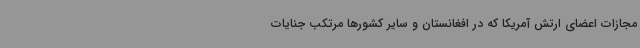
مجازات اعضای ارتش آمریکا که در افغانستان و سایر کشورها مرتکب جنایات